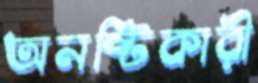
অনষ্টিকারী